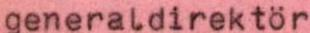
generaldirektör